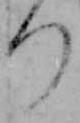
つ